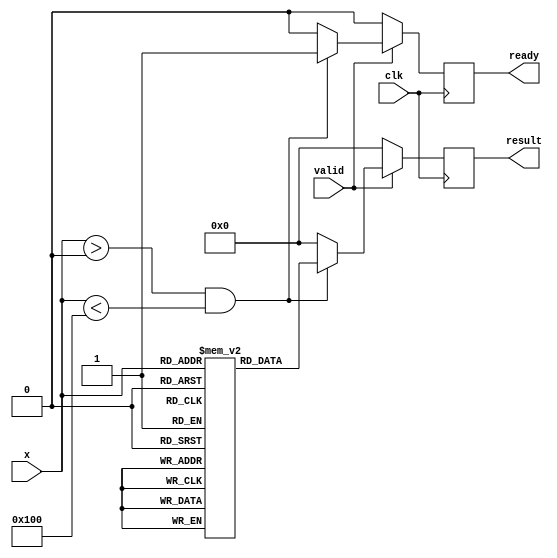
module approx_reciprocal #(
    parameter N = 8, // Input bit width
    parameter M = 4  // Output bit width
)(
    input  wire [N-1:0] x, // Input: N-bit unsigned integer
    input  wire          clk,
    input  wire          valid, // Input valid signal
    output reg [M-1:0] result, // Output: M-bit approximation of 1/x
    output reg          ready // Output ready signal
);

    // Lookup Table (LUT) for precomputed reciprocals
    reg [M-1:0] lut [0:(1<<N)-1];
      
    initial begin
        // Initialize the LUT with approximate reciprocal values
        // This is a simplified example; values should be precomputed
        // and adjusted for accuracy based on the application's needs.
        // Fill in this table as appropriate for your specific use case.
        lut[1] = 4'b0001; // 1/1
        lut[2] = 4'b0000; // 1/2 (approx. since it's not valid)
        lut[3] = 4'b0010; // 1/3 (approx.)
        lut[4] = 4'b0001; // 1/4 (approx.)
        // Continue filling as necessary...

        // Placeholder values, more should be defined...
        lut[5] = 4'b0010; // 1/5
        // ...
    end

    always @(posedge clk) begin
        if (valid) begin
            // Input validation
            if (x > 0 && x < (1 << N)) begin // Valid range
                // Use LUT for approximation
                result <= lut[x];
                ready <= 1;
            end else begin
                // Handle invalid inputs (e.g., x = 0)
                result <= 0; // or another error indication
                ready <= 0;
            end
        end
        else begin
            // Reset output when valid signal is low
            ready <= 0;
            result <= 0;
        end
    end
endmodule